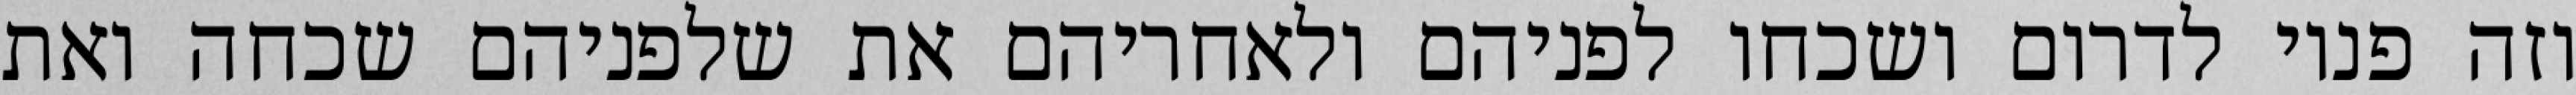
וזה פניו לדרום ושכחו לפניהם ולאחריהם את שלפניהם שכחה ואת